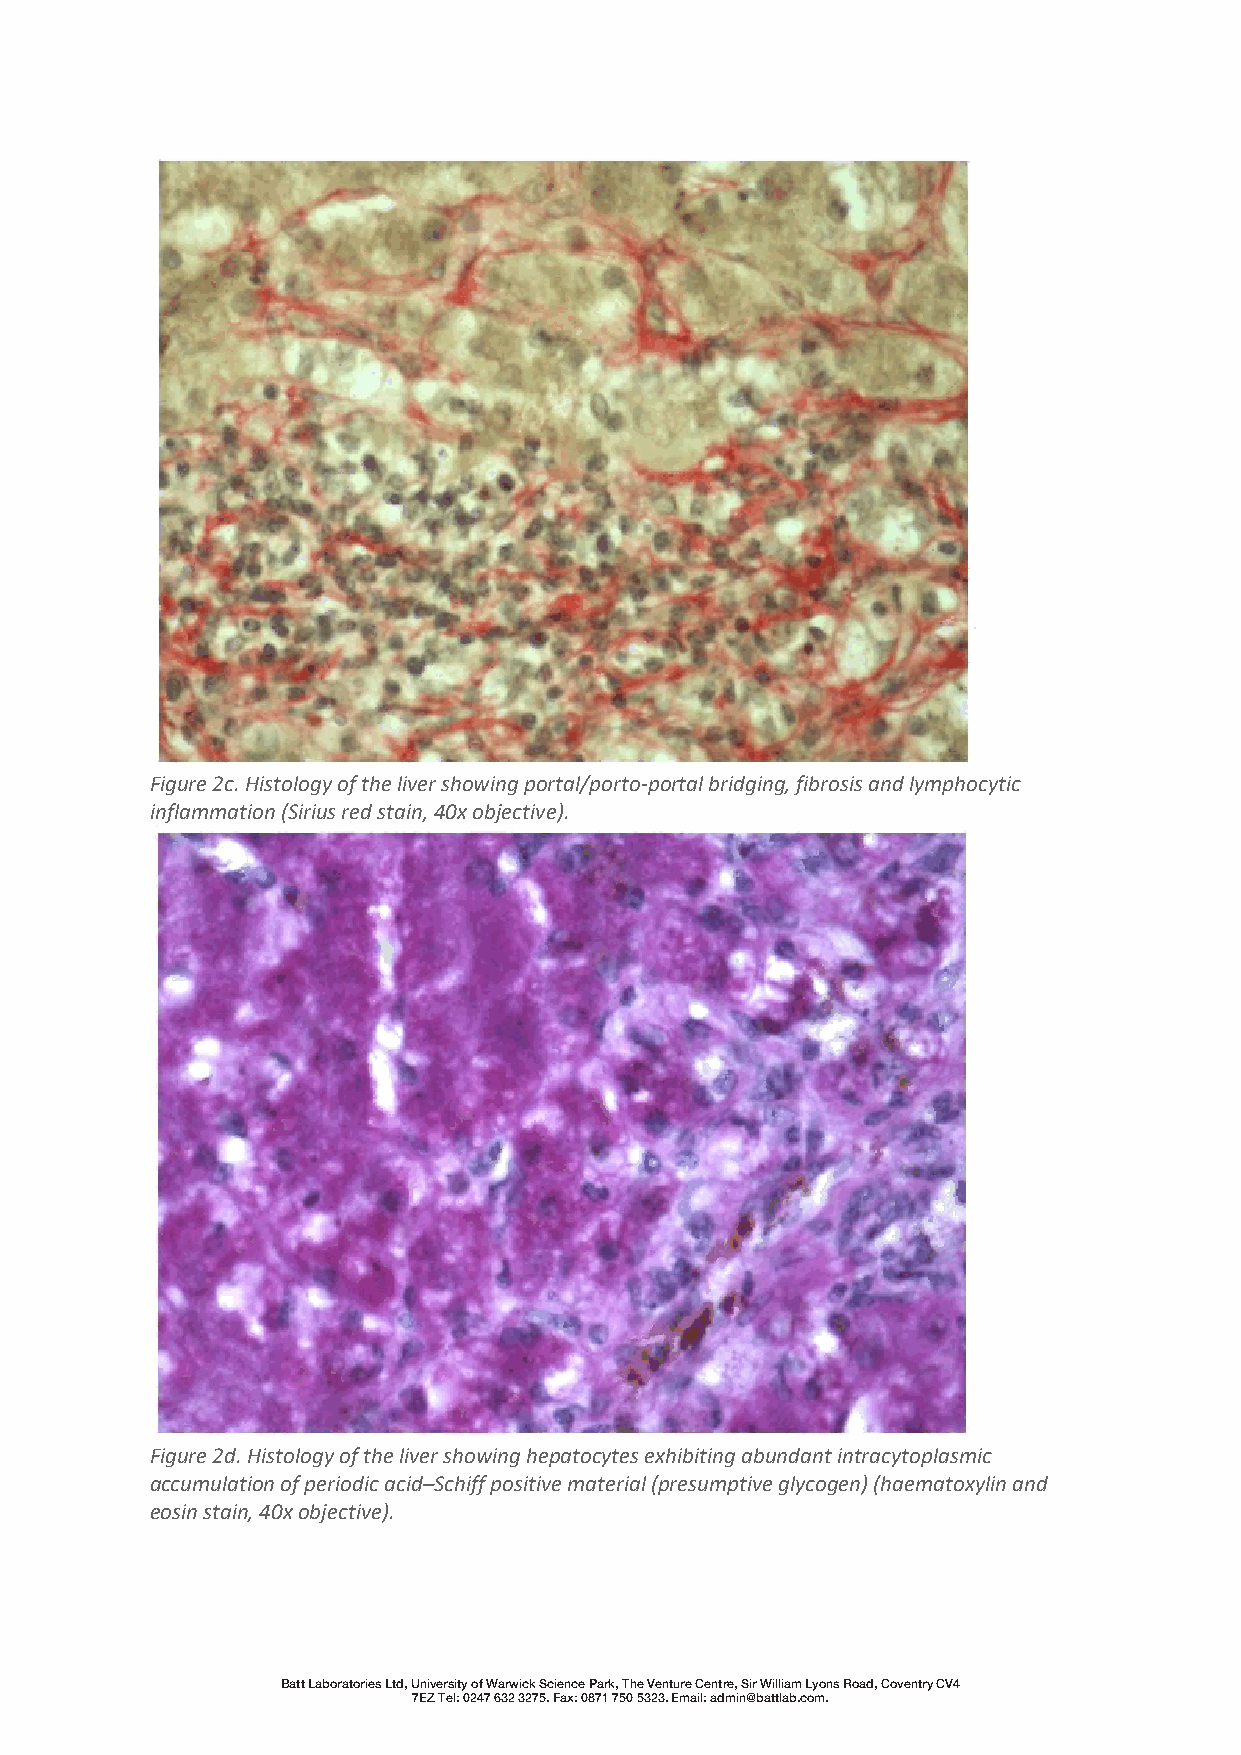
Figure 2c. Histology of the liver showing portal/porto-portal bridging, fibrosis and lymphocytic
 inflammation (Sirius red stain, 40x objective).
 Figure 2d. Histology of the liver showing hepatocytes exhibiting abundant intracytoplasmic
 accumulation of periodic acid–Schiff positive material (presumptive glycogen) (haematoxylin and
 eosin stain, 40x objective).
 Batt Laboratories Ltd, University of Warwick Science Park, The Venture Centre, Sir William Lyons Road, Coventry CV4
 7EZ Tel: 0247 632 3275. Fax: 0871 750 5323. Email: admin@battlab.com.